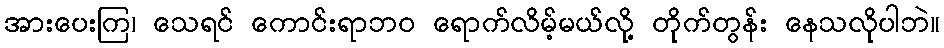
အားပေးကြ၊ သေရင် ကောင်းရာဘဝ ရောက်လိမ့်မယ်လို့ တိုက်တွန်း နေသလိုပါဘဲ။